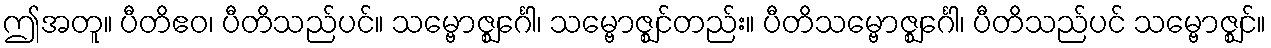
ဤအတူ။ ပီတိဧဝ၊ ပီတိသည်ပင်။ သမ္ဗောဇ္ဈင်္ဂေါ၊ သမ္ဗောဇ္ဈင်တည်း။ ပီတိသမ္ဗောဇ္ဈင်္ဂေါ၊ ပီတိသည်ပင် သမ္ဗောဇ္ဈင်။